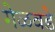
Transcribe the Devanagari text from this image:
गेळवडे